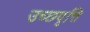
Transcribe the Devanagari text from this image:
उच्छवृत्ति